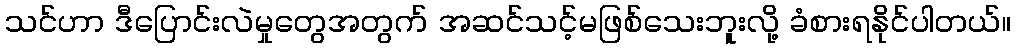
သင်ဟာ ဒီပြောင်းလဲမှုတွေအတွက် အဆင်သင့်မဖြစ်သေးဘူးလို့ ခံစားရနိုင်ပါတယ်။